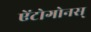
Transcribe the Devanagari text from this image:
ऐंटोगोनस्‌